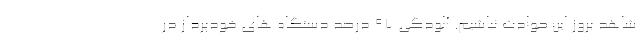
شاهد بروز این حوادث نباشیم. آلودگی 97 درصد دستگاه های خودپرداز در